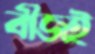
বীজই